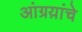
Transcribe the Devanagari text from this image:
आंग्रय़ांचे